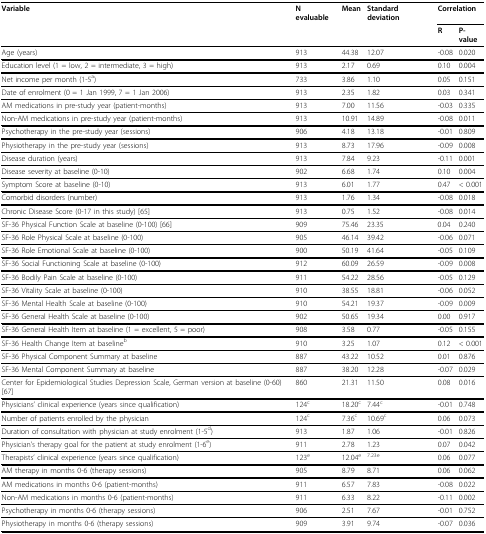
<table><thead><tr><td><b>Variable</b></td><td><b>N evaluable</b></td><td><b>Mean</b></td><td><b>Standard deviation</b></td><td colspan="2"><b>Correlation</b></td></tr><tr><td></td><td></td><td></td><td></td><td><b>R</b></td><td><b>P-value</b></td></tr></thead><tbody><tr><td>Age (years)</td><td>913</td><td>44.38</td><td>12.07</td><td>-0.08</td><td>0.020</td></tr><tr><td>Education level (1 = low, 2 = intermediate, 3 = high)</td><td>913</td><td>2.17</td><td>0.69</td><td>0.10</td><td>0.004</td></tr><tr><td>Net income per month (1-5<sup>a</sup>)</td><td>733</td><td>3.86</td><td>1.10</td><td>0.05</td><td>0.151</td></tr><tr><td>Date of enrolment (0 = 1 Jan 1999, 7 = 1 Jan 2006)</td><td>913</td><td>2.35</td><td>1.82</td><td>0.03</td><td>0.341</td></tr><tr><td>AM medications in pre-study year (patient-months)</td><td>913</td><td>7.00</td><td>11.56</td><td>-0.03</td><td>0.335</td></tr><tr><td>Non-AM medications in pre-study year (patient-months)</td><td>913</td><td>10.91</td><td>14.89</td><td>-0.08</td><td>0.011</td></tr><tr><td>Psychotherapy in the pre-study year (sessions)</td><td>906</td><td>4.18</td><td>13.18</td><td>-0.01</td><td>0.809</td></tr><tr><td>Physiotherapy in the pre-study year (sessions)</td><td>913</td><td>8.73</td><td>17.96</td><td>-0.09</td><td>0.008</td></tr><tr><td>Disease duration (years)</td><td>913</td><td>7.84</td><td>9.23</td><td>-0.11</td><td>0.001</td></tr><tr><td>Disease severity at baseline (0-10)</td><td>902</td><td>6.68</td><td>1.74</td><td>0.10</td><td>0.004</td></tr><tr><td>Symptom Score at baseline (0-10)</td><td>913</td><td>6.01</td><td>1.77</td><td>0.47</td><td>&lt; 0.001</td></tr><tr><td>Comorbid disorders (number)</td><td>913</td><td>1.76</td><td>1.34</td><td>-0.08</td><td>0.018</td></tr><tr><td>Chronic Disease Score (0-17 in this study) [65]</td><td>913</td><td>0.75</td><td>1.52</td><td>-0.08</td><td>0.014</td></tr><tr><td>SF-36 Physical Function Scale at baseline (0-100) [66]</td><td>909</td><td>75.46</td><td>23.35</td><td>0.04</td><td>0.240</td></tr><tr><td>SF-36 Role Physical Scale at baseline (0-100)</td><td>905</td><td>46.14</td><td>39.42</td><td>-0.06</td><td>0.071</td></tr><tr><td>SF-36 Role Emotional Scale at baseline (0-100)</td><td>900</td><td>50.19</td><td>41.64</td><td>-0.05</td><td>0.109</td></tr><tr><td>SF-36 Social Functioning Scale at baseline (0-100)</td><td>912</td><td>60.09</td><td>26.59</td><td>-0.09</td><td>0.008</td></tr><tr><td>SF-36 Bodily Pain Scale at baseline (0-100)</td><td>911</td><td>54.22</td><td>28.56</td><td>-0.05</td><td>0.129</td></tr><tr><td>SF-36 Vitality Scale at baseline (0-100)</td><td>910</td><td>38.55</td><td>18.81</td><td>-0.06</td><td>0.052</td></tr><tr><td>SF-36 Mental Health Scale at baseline (0-100)</td><td>910</td><td>54.21</td><td>19.37</td><td>-0.09</td><td>0.009</td></tr><tr><td>SF-36 General Health Scale at baseline (0-100)</td><td>902</td><td>50.65</td><td>19.34</td><td>0.00</td><td>0.917</td></tr><tr><td>SF-36 General Health Item at baseline (1 = excellent, 5 = poor)</td><td>908</td><td>3.58</td><td>0.77</td><td>-0.05</td><td>0.155</td></tr><tr><td>SF-36 Health Change Item at baseline<sup>b</sup></td><td>910</td><td>3.25</td><td>1.07</td><td>0.12</td><td>&lt; 0.001</td></tr><tr><td>SF-36 Physical Component Summary at baseline</td><td>887</td><td>43.22</td><td>10.52</td><td>0.01</td><td>0.876</td></tr><tr><td>SF-36 Mental Component Summary at baseline</td><td>887</td><td>38.20</td><td>12.28</td><td>-0.07</td><td>0.029</td></tr><tr><td>Center for Epidemiological Studies Depression Scale, German version at baseline (0-60) [67]</td><td>860</td><td>21.31</td><td>11.50</td><td>0.08</td><td>0.016</td></tr><tr><td>Physicians&#x27; clinical experience (years since qualification)</td><td>124<sup>c</sup></td><td>18.20<sup>c</sup></td><td>7.44<sup>c</sup></td><td>-0.01</td><td>0.748</td></tr><tr><td>Number of patients enrolled by the physician</td><td>124<sup>c</sup></td><td>7.36<sup>c</sup></td><td>10.69<sup>c</sup></td><td>0.06</td><td>0.073</td></tr><tr><td>Duration of consultation with physician at study enrolment (1-5<sup>d</sup>)</td><td>913</td><td>1.87</td><td>1.06</td><td>-0.01</td><td>0.826</td></tr><tr><td>Physician&#x27;s therapy goal for the patient at study enrolment (1-6<sup>e</sup>)</td><td>911</td><td>2.78</td><td>1.23</td><td>0.07</td><td>0.042</td></tr><tr><td>Therapists&#x27; clinical experience (years since qualification)</td><td>123<sup>e</sup></td><td>12.04<sup>e</sup></td><td><sup>7.23e</sup></td><td>0.06</td><td>0.077</td></tr><tr><td>AM therapy in months 0-6 (therapy sessions)</td><td>905</td><td>8.79</td><td>8.71</td><td>0.06</td><td>0.062</td></tr><tr><td>AM medications in months 0-6 (patient-months)</td><td>911</td><td>6.57</td><td>7.83</td><td>-0.08</td><td>0.022</td></tr><tr><td>Non-AM medications in months 0-6 (patient-months)</td><td>911</td><td>6.33</td><td>8.22</td><td>-0.11</td><td>0.002</td></tr><tr><td>Psychotherapy in months 0-6 (therapy sessions)</td><td>906</td><td>2.51</td><td>7.67</td><td>-0.01</td><td>0.752</td></tr><tr><td>Physiotherapy in months 0-6 (therapy sessions)</td><td>909</td><td>3.91</td><td>9.74</td><td>-0.07</td><td>0.036</td></tr></tbody></table>